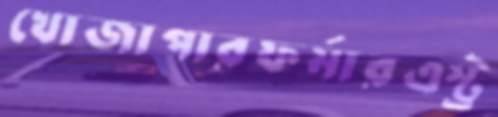
খোজাপারফর্মারএস্ট্র